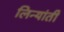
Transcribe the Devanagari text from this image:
लिन्यांती